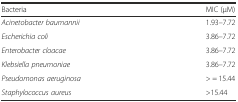
| Bacteria | MIC (μM) |
 | --- | --- |
 | Acinetobacter baumannii | 1.93–7.72 |
 | Escherichia coli | 3.86–7.72 |
 | Enterobacter cloacae | 3.86–7.72 |
 | Klebsiella pneumoniae | 3.86–7.72 |
 | Pseudomonas aeruginosa | > = 15.44 |
 | Staphylococcus aureus | >15.44 |